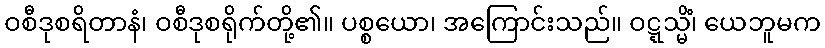
ဝစီဒုစရိတာနံ၊ ဝစီဒုစရိုက်တို့၏။ ပစ္စယော၊ အကြောင်းသည်။ ဝဋ္ဋသ္မိံ၊ ယေဘူမက